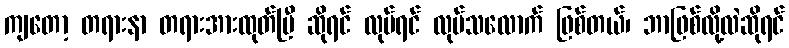
ကျတော့ တရားနာ တရားအားထုတ်ပြီ ဆိုရင် လုပ်ရင် လုပ်သလောက် ဖြစ်တယ်၊ ဘာဖြစ်လို့လဲဆိုရင်